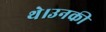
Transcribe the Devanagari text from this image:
थे।उनकी